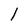
Character: l